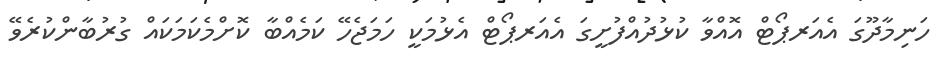
ހަނިމާދޫގަ އެއަރޕޯޓް އޮއްވާ ކުޅުދުއްފުށީގަ އެއަރޕޯޓް އެޅުމަކީ ހަމަޖެހޭ ކަމެއްބާ ކޮށްމެކަމަކައް ގުރުބާންކުރެވޭ